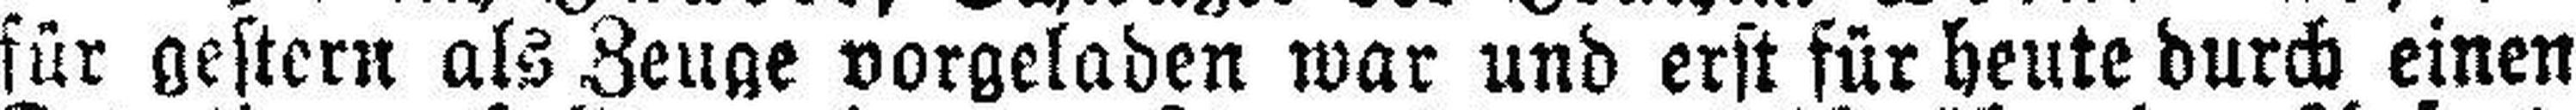
für gestern als Zeuge vorgeladen war und erst für heute durch einen